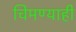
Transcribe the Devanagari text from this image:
चिमण्याही